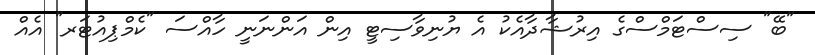
"ބޭ" ސިސްޓަމްސްގެ އިރުޝާދާއެކު އެ ޔުނިވާސިޓީ އިން އަންނަނީ ހާއްސަ "ކެމްޕިއުޓަރ" އެއް